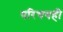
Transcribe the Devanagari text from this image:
परिचयही